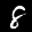
Label: 8